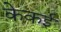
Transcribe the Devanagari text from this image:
केकई